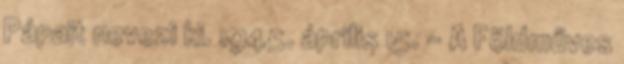
Pápait nevezi ki. 1945. április 15. – A Földműves